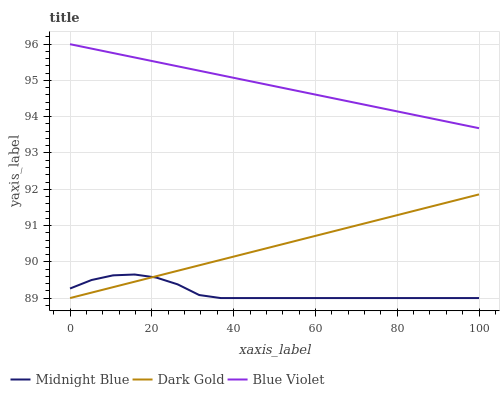
| xaxis_label | Midnight Blue | Dark Gold | Blue Violet |
 | --- | --- | --- | --- |
 | 0 | 89.3 | 89 | 96 |
 | 5.26 | 89.5 | 89.2 | 95.9 |
 | 10.5 | 89.6 | 89.3 | 95.8 |
 | 15.8 | 89.6 | 89.5 | 95.6 |
 | 21.1 | 89.6 | 89.6 | 95.5 |
 | 26.3 | 89.4 | 89.8 | 95.4 |
 | 31.6 | 89.1 | 89.9 | 95.3 |
 | 36.8 | 89 | 90.1 | 95.1 |
 | 42.1 | 89 | 90.2 | 95 |
 | 47.4 | 89 | 90.4 | 94.9 |
 | 52.6 | 89 | 90.5 | 94.8 |
 | 57.9 | 89 | 90.7 | 94.7 |
 | 63.2 | 89 | 90.8 | 94.5 |
 | 68.4 | 89 | 91 | 94.4 |
 | 73.7 | 89 | 91.1 | 94.3 |
 | 78.9 | 89 | 91.3 | 94.2 |
 | 84.2 | 89 | 91.4 | 94 |
 | 89.5 | 89 | 91.6 | 93.9 |
 | 94.7 | 89 | 91.7 | 93.8 |
 | 100 | 89 | 91.9 | 93.7 |